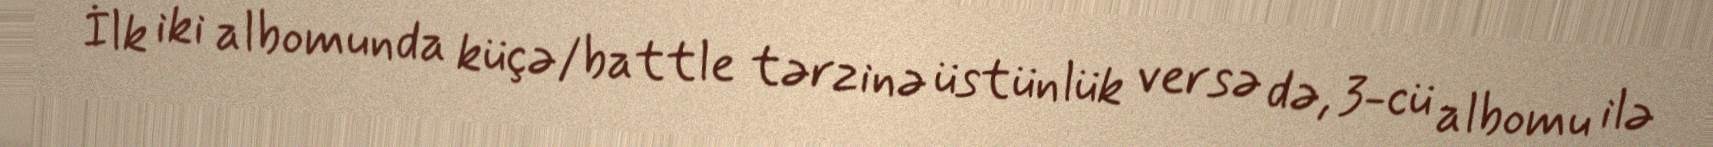
İlk iki albomunda küçə/battle tərzinə üstünlük versə də, 3-cü albomu ilə